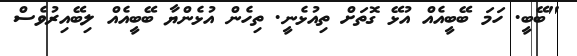
"ބޭބީ. ހަމަ ބޭބީއެއް އުޅޭ ގޮތަށް ތިއުޅެނީ. ތިހެން އުޅެންޔާ ބޭބީއެއް ލިބޭއިރުވެސް